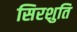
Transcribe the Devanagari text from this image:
सिरशुति